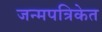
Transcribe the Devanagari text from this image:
जन्मपत्रिकेत